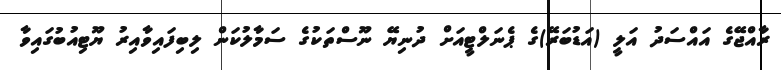
ރާއްޖޭގެ އައްސަދު އަލީ (އަޑުބަރޭ)ގެ ޕެނަލްޓީއަށް ދުނިޔޭ ނޫސްތަކުގެ ސަމާލުކަން ލިބިފައިވާއިރު ޔޫޓިއުބުގައިވާ